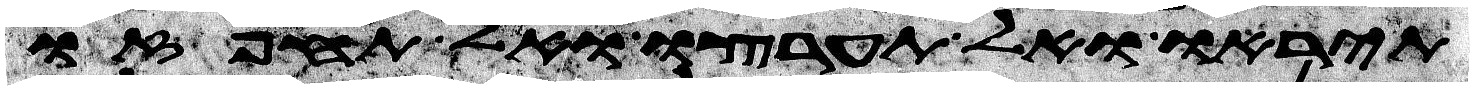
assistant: תיראו ואל תערצו ואל תחפזו